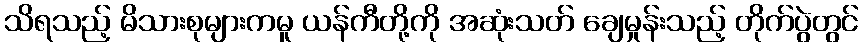
သိရသည့် မိသားစုများကမူ ယန်ကီတို့ကို အဆုံးသတ် ချေမှုန်းသည့် တိုက်ပွဲတွင်